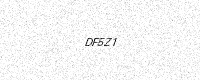
Text: DF5Z1